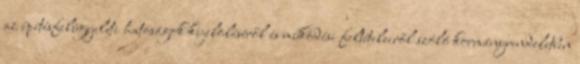
az építésfelügyeleti hatóságok kijelöléséről és működési feltételeiről szóló kormányrendeletben